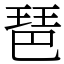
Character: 琶